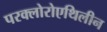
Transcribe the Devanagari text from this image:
परक्लोरोएथिलीन